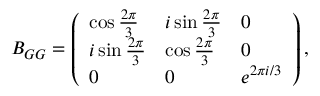
B _ { G G } = \left( \begin{array} { l l l } { \cos { \frac { 2 \pi } { 3 } } } & { i \sin { \frac { 2 \pi } { 3 } } } & { 0 } \\ { i \sin { \frac { 2 \pi } { 3 } } } & { \cos { \frac { 2 \pi } { 3 } } } & { 0 } \\ { 0 } & { 0 } & { e ^ { 2 \pi i / 3 } } \end{array} \right) ,